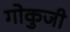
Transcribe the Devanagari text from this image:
गोकुजी